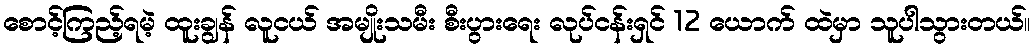
စောင့်ကြည့်ရမဲ့ ထူးချွန် လူငယ် အမျိုးသမီး စီးပွားရေး လုပ်ငန်းရှင် 12 ယောက် ထဲမှာ သူပါသွားတယ်။